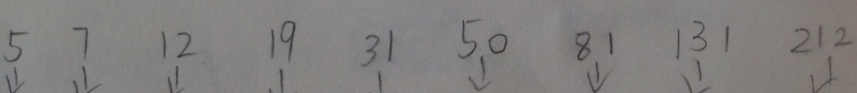
5 7 1 2 1 9 3 1 5 0 8 1 1 3 1 2 1 2